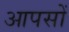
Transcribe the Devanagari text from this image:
आपसों